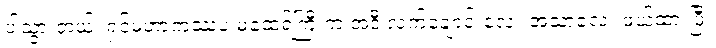
ပါသွားတယ်၊ ရှင်မဟာကဿပ မထေရ်ကြီးက အဲဒီ လက်ချောင်းလေး အသာလေး ဖယ်ထားပြီး